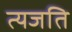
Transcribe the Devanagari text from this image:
त्यजति